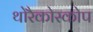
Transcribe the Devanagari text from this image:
थोरैकोस्कोप